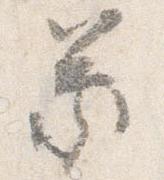
蒙